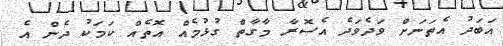
އަބަދު އެތަނަށް ވަދެވަދެ އެސޮރާ މާގާތް ގުޅުމެއް އޮތެއް ކަމަކު ދެން އެ